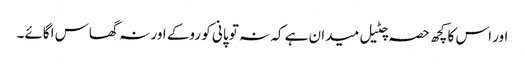
اور اس کا کچھ حصہ چٹیل میدان ہے کہ نہ تو پانی کو روکے اور نہ گھاس اگائے۔